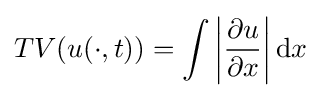
TV(u(\cdot ,t))=\int \left|{\frac {\partial u}{\partial x}}\right|\mathrm {d} x